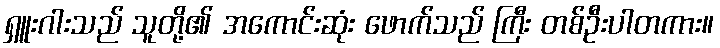
ရှူးဂါးသည် သူတို့၏ အကောင်းဆုံး ဖောက်သည် ကြီး တစ်ဦးပါတကား။